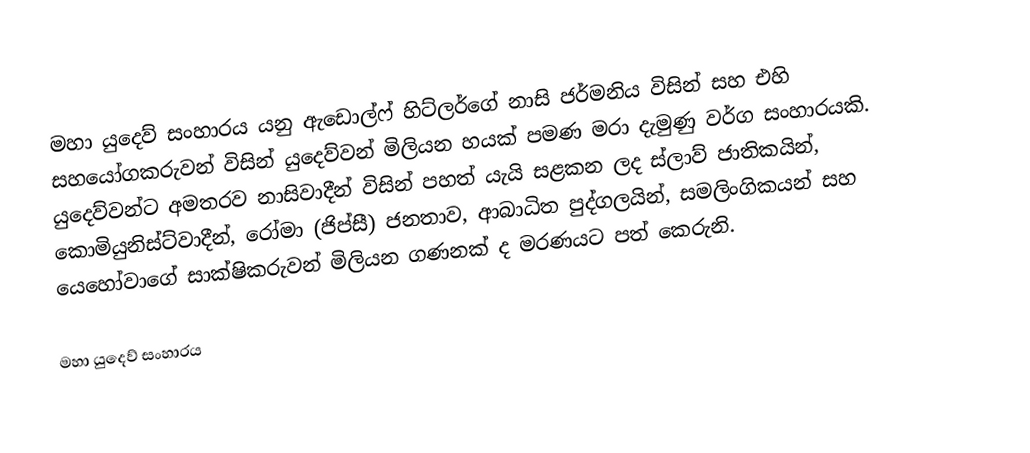
මහා යුදෙව් සංහාරය යනු ඇඩොල්ෆ් හිට්ලර්ගේ නාසි ජර්මනිය විසින් සහ එහි සහයෝගකරුවන් විසින් යුදෙව්වන් මිලියන හයක් පමණ මරා දැමුණු වර්ග සංහාරයකි. යුදෙව්වන්ට අමතරව නාසිවාදීන් විසින් පහත් යැයි සළකන ලද ස්ලාව් ජාතිකයින්, කොමියුනිස්ට්වාදීන්, රෝමා (ජිප්සී) ජනතාව, ආබාධිත පුද්ගලයින්, සමලිංගිකයන් සහ යෙහෝවාගේ සාක්ෂිකරුවන් මිලියන ගණනක් ද මරණයට පත් කෙරුනි.

මහා යුදෙව් සංහාරය